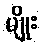
မျိုး